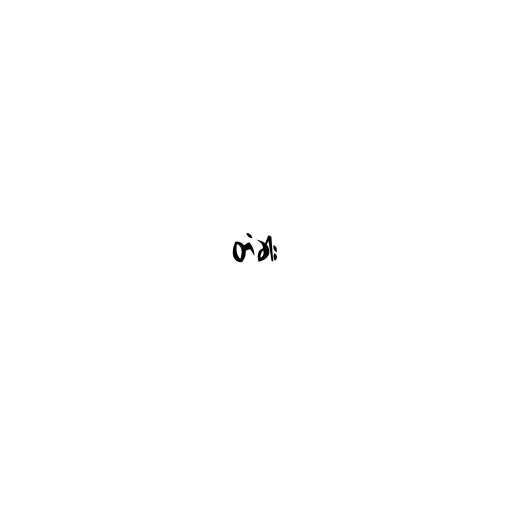
တံခါး